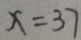
x = 3 7